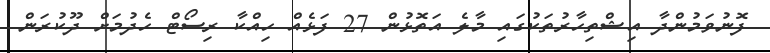
ފޮނުވަމުންދާ އިޝްތިހާރުތަކުގައި މާލެ އަތޮޅުން 27 ފަޅެއް ހިއްކާ ރިސޯޓް ހެދުމަށް ދޫކުރަން